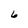
Character: 6